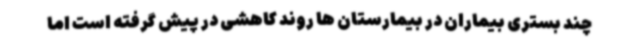
چند بستری بیماران در بیمارستان ها روند کاهشی در پیش گرفته است اما